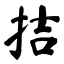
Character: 拮